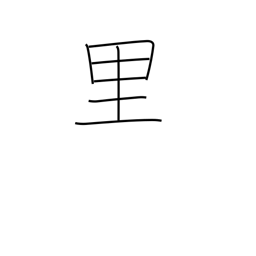
Meaning: league